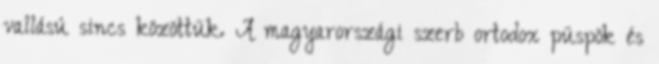
vallású sincs közöttük. A magyarországi szerb ortodox püspök és